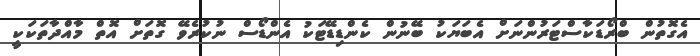
އެގޮތުން ބްރޯޑަކާސްޓަރުންނަށް އެބަޔަކު ބޭނުން ކެންޑިޑޭޓަކު އެންޑޯސް ނުކުރެވޭ ގޮތަށް އޮތް މާއްދާތަކަކީ